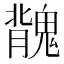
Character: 𩳿